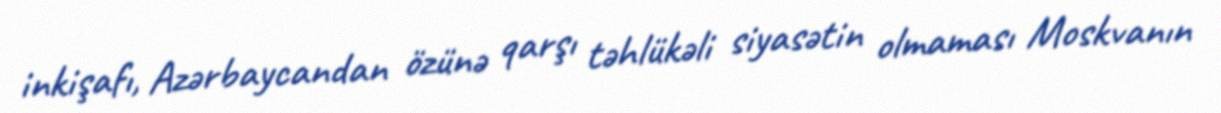
inkişafı, Azərbaycandan özünə qarşı təhlükəli siyasətin olmaması Moskvanın